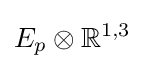
E_{p}\otimes \mathbb {R} ^{1,3}